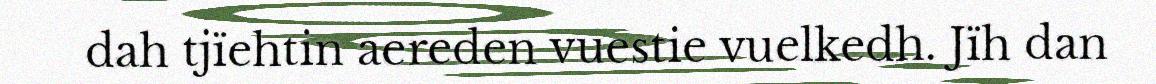
dah tjïehtin aereden vuestie vuelkedh. Jïh dan